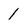
Character: 1